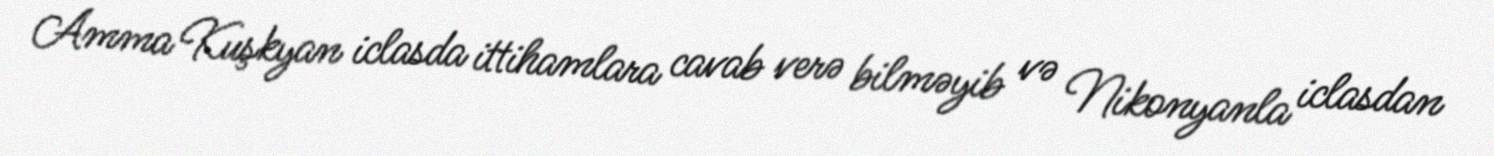
Amma Kuşkyan iclasda ittihamlara cavab verə bilməyib və Nikonyanla iclasdan